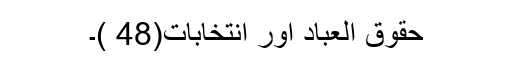
حقوق العباد اور انتخابات(48 )۔